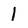
Character: 1